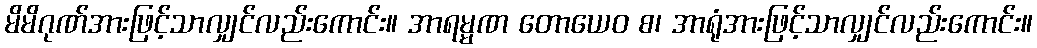
မိမိဂုဏ်အားဖြင့်သာလျှင်လည်းကောင်း။ အာရမ္မဏ တောယေဝ စ၊ အာရုံအားဖြင့်သာလျှင်လည်းကောင်း။